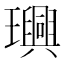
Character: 𤫂